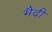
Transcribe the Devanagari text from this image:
भैदी